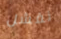
نفشل